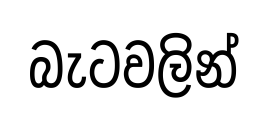
බැටවලින්